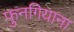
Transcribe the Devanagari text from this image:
फुनगियाना